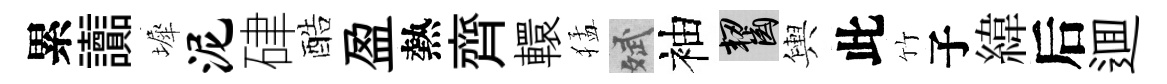
累讟墀泥硉酷盈熱齊轘猛斌袖齧輿此竹子緯后逥